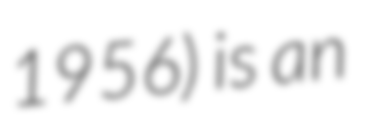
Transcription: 1956) is an